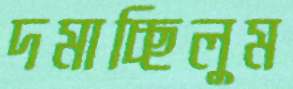
দমাচ্ছিলুম